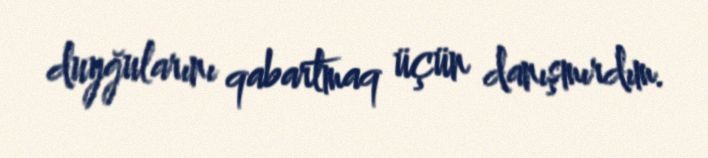
duyğularını qabartmaq üçün danışmırdım.